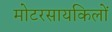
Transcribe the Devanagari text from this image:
मोटरसायकिलों